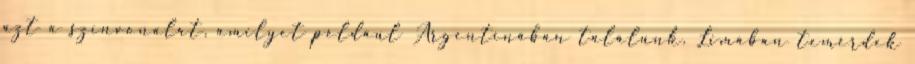
azt a színvonalat, amilyet például Argentínában találunk. Limában temérdek